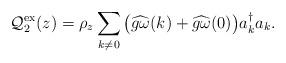
LaTeX: \begin{align*}\mathcal Q_2^{\rm{ex}}(z) &= \rho_z \sum_{k \neq 0} \big( \widehat{g\omega}(k) + \widehat{g \omega}(0) \big) a_k^\dagger a_k. \end{align*}